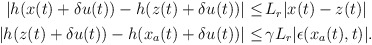
\begin{align*}\begin{aligned}|h(x(t)+\delta u(t))-h(z(t)+\delta u(t))| \le &\, L_r |x(t)-z(t)|\\|h(z(t)+\delta u(t))-h(x_a(t)+\delta u(t))|\le & \,\gamma L_r |\epsilon(x_a(t),t)|.\end{aligned}\end{align*}